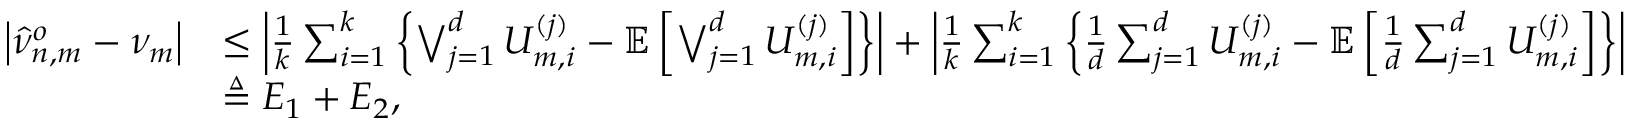
\begin{array} { r l } { \left| \hat { \nu } _ { n , m } ^ { o } - \nu _ { m } \right| } & { \leq \left| \frac { 1 } { k } \sum _ { i = 1 } ^ { k } \left\{ \bigvee _ { j = 1 } ^ { d } U _ { m , i } ^ { ( j ) } - \mathbb { E } \left[ \bigvee _ { j = 1 } ^ { d } U _ { m , i } ^ { ( j ) } \right] \right\} \right| + \left| \frac { 1 } { k } \sum _ { i = 1 } ^ { k } \left\{ \frac { 1 } { d } \sum _ { j = 1 } ^ { d } U _ { m , i } ^ { ( j ) } - \mathbb { E } \left[ \frac { 1 } { d } \sum _ { j = 1 } ^ { d } U _ { m , i } ^ { ( j ) } \right] \right\} \right| } \\ & { \triangleq E _ { 1 } + E _ { 2 } , } \end{array}